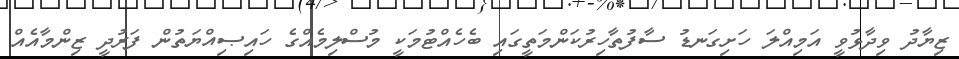
ޒިޔާދު ވިދާޅުވީ އަމިއްލަ ހަށިގަނޑު ސާފުތާހިރުކަންމަތީގައި ބެހެއްޓުމަކީ މުސްލިމެއްގެ ހައިޞިއްޔަތުން ފަރުދީ ޒިންމާއެއް